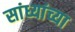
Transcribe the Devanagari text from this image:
सांध्यांच्या